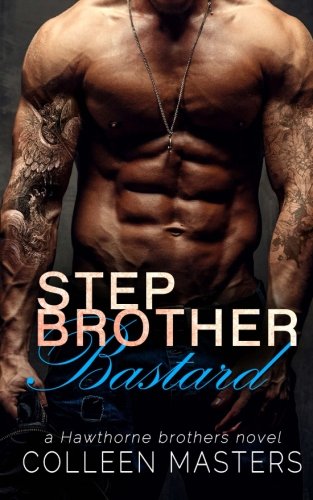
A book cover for Stepbrother Bastard (The Hawthorne Brothers) (Volume 1); Colleen Masters; Romance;